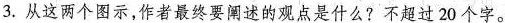
3.从这两个图示，作者最终要阐述的观点是什么?不超过20个字。